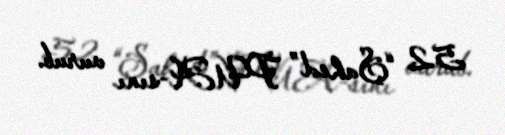
52 “Şahed” PUA-sını vurub.